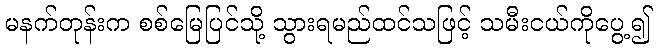
မနက်တုန်းက စစ်မြေပြင်သို့ သွားရမည်ထင်သဖြင့် သမီးငယ်ကိုပွေ့၍